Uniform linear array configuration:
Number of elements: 48
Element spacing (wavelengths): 0.75
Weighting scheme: cosine
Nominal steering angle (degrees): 0
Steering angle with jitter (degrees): -1.481
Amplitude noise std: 0.05
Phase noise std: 0.05

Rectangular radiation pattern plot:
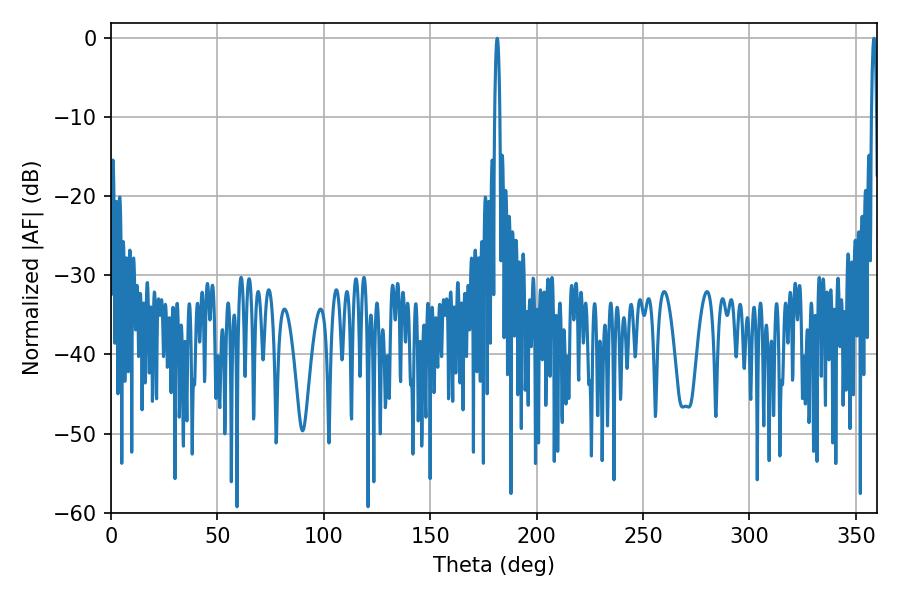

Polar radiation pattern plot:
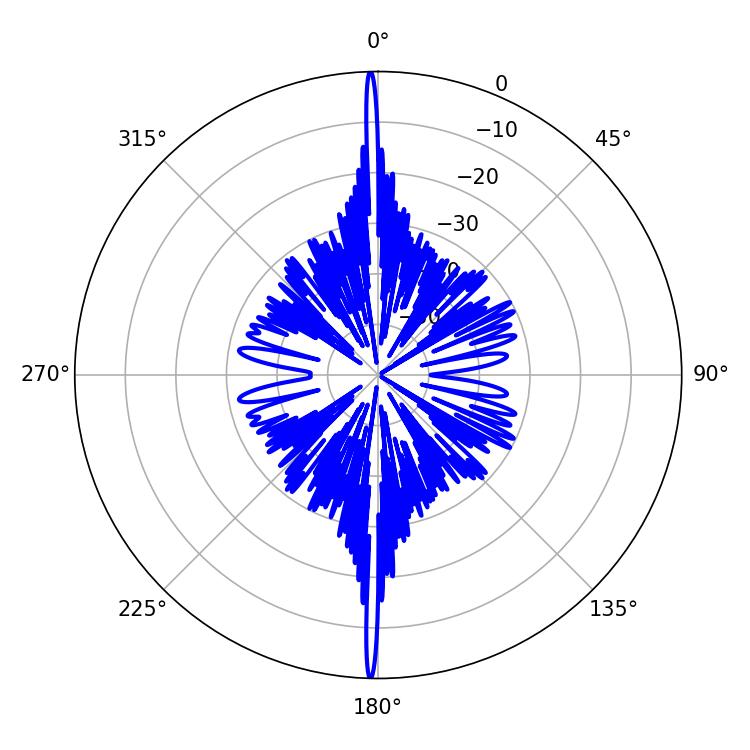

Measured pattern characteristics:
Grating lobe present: TRUE
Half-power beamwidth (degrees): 1.26
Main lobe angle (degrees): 181.44